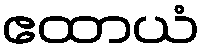
ဧထာယံ